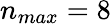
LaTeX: n_{max}=8